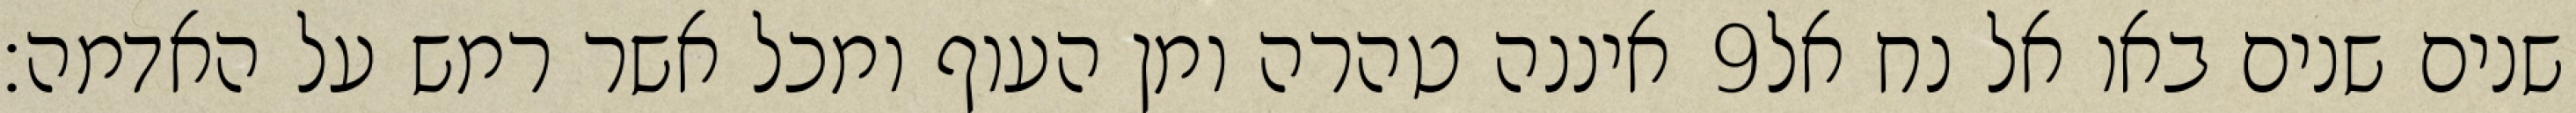
איננה טהרה ומן העוף ומכל אשר רמש על האדמה׃ ‎9‏ שנים שנים באו אל נח אל